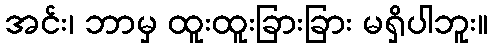
အင်း၊ ဘာမှ ထူးထူးခြားခြား မရှိပါဘူး။